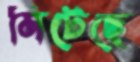
মিটেছে